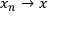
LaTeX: x _ { n } \to x